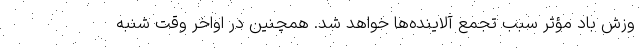
وزش باد مؤثر سبب تجمع آلاینده‌ها خواهد شد. همچنین در اواخر وقت شنبه